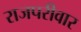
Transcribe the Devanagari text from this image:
राजपरीवार